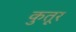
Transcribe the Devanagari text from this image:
कुतूर